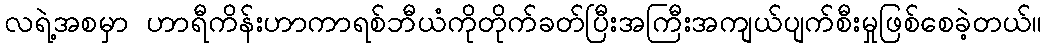
လရဲ့အစမှာ ဟာရီကိန်းဟာကာရစ်ဘီယံကိုတိုက်ခတ်ပြီးအကြီးအကျယ်ပျက်စီးမှုဖြစ်စေခဲ့တယ်။